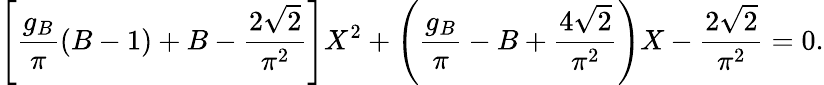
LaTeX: \left[{\frac{g_{B}}{\pi}}(B-1)+B-{\frac{2\sqrt{2}}{\pi^{2}}}\right]X^{2}+\left({\frac{g_{B}}{\pi}}-B+{\frac{4\sqrt{2}}{\pi^{2}}}\right)X-{\frac{2\sqrt{2}}{\pi^{2}}}=0.